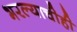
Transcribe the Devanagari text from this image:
भरल्याचीही